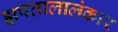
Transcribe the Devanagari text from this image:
झपतालालंकार